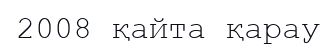
2008 қайта қарау